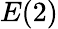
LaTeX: E(2)